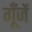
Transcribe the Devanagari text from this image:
गूँजें